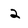
Character: 2